Annual report of the Punjab Veterinary College and of the Civil Veterinary Department, Punjab - 1909-1919
Year: 1909
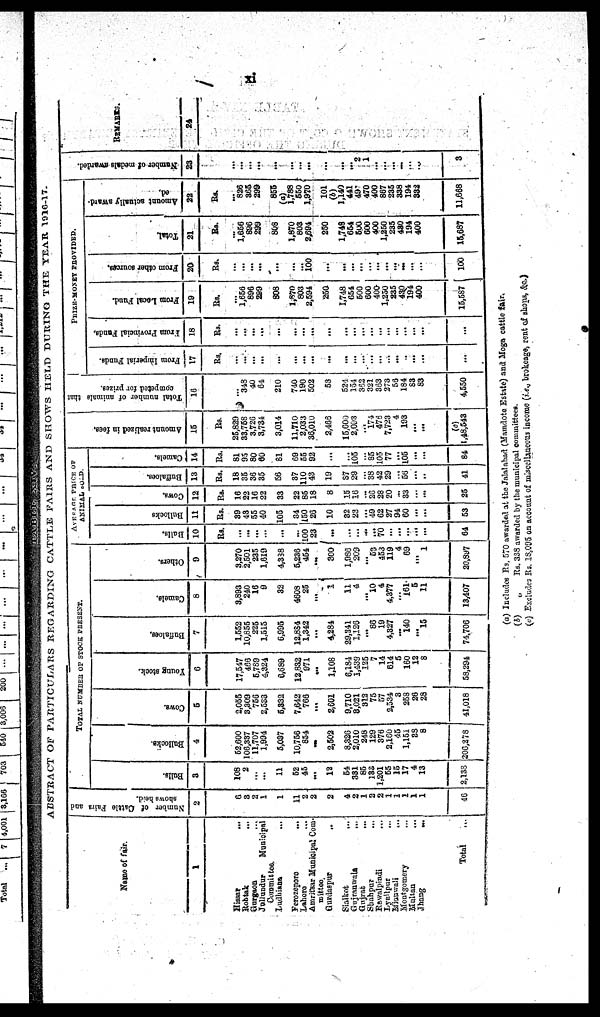
xi
ABSTRACT OF PARTICULARS REGARDING CATTLE FAIRS AND SHOWS HELD DURING THE YEAR. 1916-17.
Name of fair.
1
Hissar
...
Rohtak ...
Gurgaon ...
Jullundur
Municipal
Committee.
Ludhiana ...
Ferozepore
...
Lahore ...
Amritsar Municipal Com-
mittee.
Gurdaspur ...
Sialkot ...
Gujranwala ...
Gujrat
...
Shahpur ...
Rawalpindi ...
Lyallpur ...
Mianweli
...
Montgomery ...
Multan
...
Jhang
...
Total ...
Number of Cattle Fairs and
shows held.
2
6
3
2
1
1
11
2
2
2
4
2
1
2
2
1
1
1
1
1
46
TOTAL NUMBER OF STOCK PRESENT.
Bulls.
3
108
2
...
...
11
52
45
...
12
54
331
85
133
1,201
55
15
17
4
13
2,133
Bullocks.
4
52,600
106,387
11,707
1,994
5,037
10,756
854
...
2,502
8,326
2,010
248
129
376
2,160
45
l,151
33
8
206,278
Cows.
5
2,055
3,309
756
2,533
5,332
7,642
766
...
2,601
9,710
3,021
312
75
57
2,534
3
258
26
28
41,018
Young stock.
6
17,547
466
6,789
4,324
6,689
12,833
971
...
1,108
6,184
1,438
125
7
14
614
5
160
12
8
58,294
Buffaloes.
7
1,552
10,855
225
1,515
6,995
12,884
1,342
...
4,284
29,341
1,126
...
86
19
4,327
...
140
...
15
74,706
Camels.
8
3,893
240
16
9
32
4608
25
...
1
11
4
...
10
4
4 377
...
161
5
11
13,407
Others.
9
3,270
2,501
235
1,619
4,388
5,236
454
...
300
1986
209
...
53
453
119
4
69
...
1
20,897
AVERAGE PRICE OF
Balls.
10
Rs.
...
...
...
...
...
100
23
...
...
...
...
...
70
...
...
...
...
...
64
Bullocks
11
Rs.
39
43
55
40
105
...
150
26
10
32
22
...
49
62
27
94
60
...
...
53
Cows.
12
Rs.
16
22
16
22
33
22
85
18
8
15
16
...
26
28
20
...
33
...
...
25
Buffaloes.
13
Rs.
18
35
36
35
56
37
110 43
19
87
29
...
38
42
29
...
56
...
...
41
Camels.
14
Rs.
81
95
80
60
81
69
55
92
...
...
105
...
85
105
77
...
105
...
...
84
Amount realized in fees.
15
Rs.
25,829
33,758
3,726
3,734
3,014
11,710
2,033
36,010
2,466
15,600
2,093
...
174
476
7,723
4
193
...
...
(c)
1,48,543
Total number
of animals that
competed for prizes.
16
...
343
40
64
210
740
190
502
53
524
151
362
321
363
273
56
184
83
83
4,550
PRIZE-MONEY PROVIDED.
From Imperial Funds.
17
Rs.
...
...
...
...
...
...
...
...
...
...
...
...
...
...
...
...
...
...
...
From
Provincial Funds,
18
Rs.
...
...
...
...
...
...
...
...
...
...
...
...
...
...
...
...
...
...
...
...
From Local Fund.
19
Rs.
...
1,656
896
299
808
1,870
803
2,594
250
1,748
654
500
600
400
1,250
235
430
194
400
15,587
From other sources.
20
Rs.
...
...
...
...
...
...
...
100
...
...
...
...
...
...
...
...
...
...
...
100
Total.
21
Rs.
...
1,656
896
299
808
1,870
803
2,694
250
1,748
664
500
600
400
1,250
235
430
194
400
15,687
Amount actually award-
ed.
22
Rs.
...
826
365
299
855
(a)
1,788
550
1,970
101
(b)
1,140
441
49
470
400
867
235
338
194
332
11,668
Number of medals awarded.
23
...
...
...
...
...
...
...
...
...
...
2
1
...
...
...
...
...
...
3
REMARKS.
24
(a) Includes Rs. 570 awarded at the Jalalabad (Mamdote Estate) and Moga cattle fair.
(b)
„
Rs. 338 awarded by the municipal committees.
(c) Excludes Rs. 18,095 on account of miscellaneous income (i.e. brokeage, rent (if shops, &.c.)